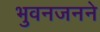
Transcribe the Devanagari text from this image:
भुवनजनने